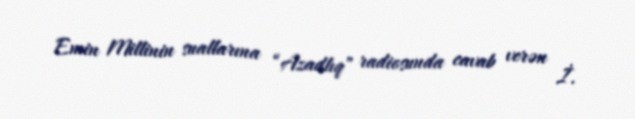
Emin Millinin suallarına “Azadlıq” radiosunda cavab verən İ.